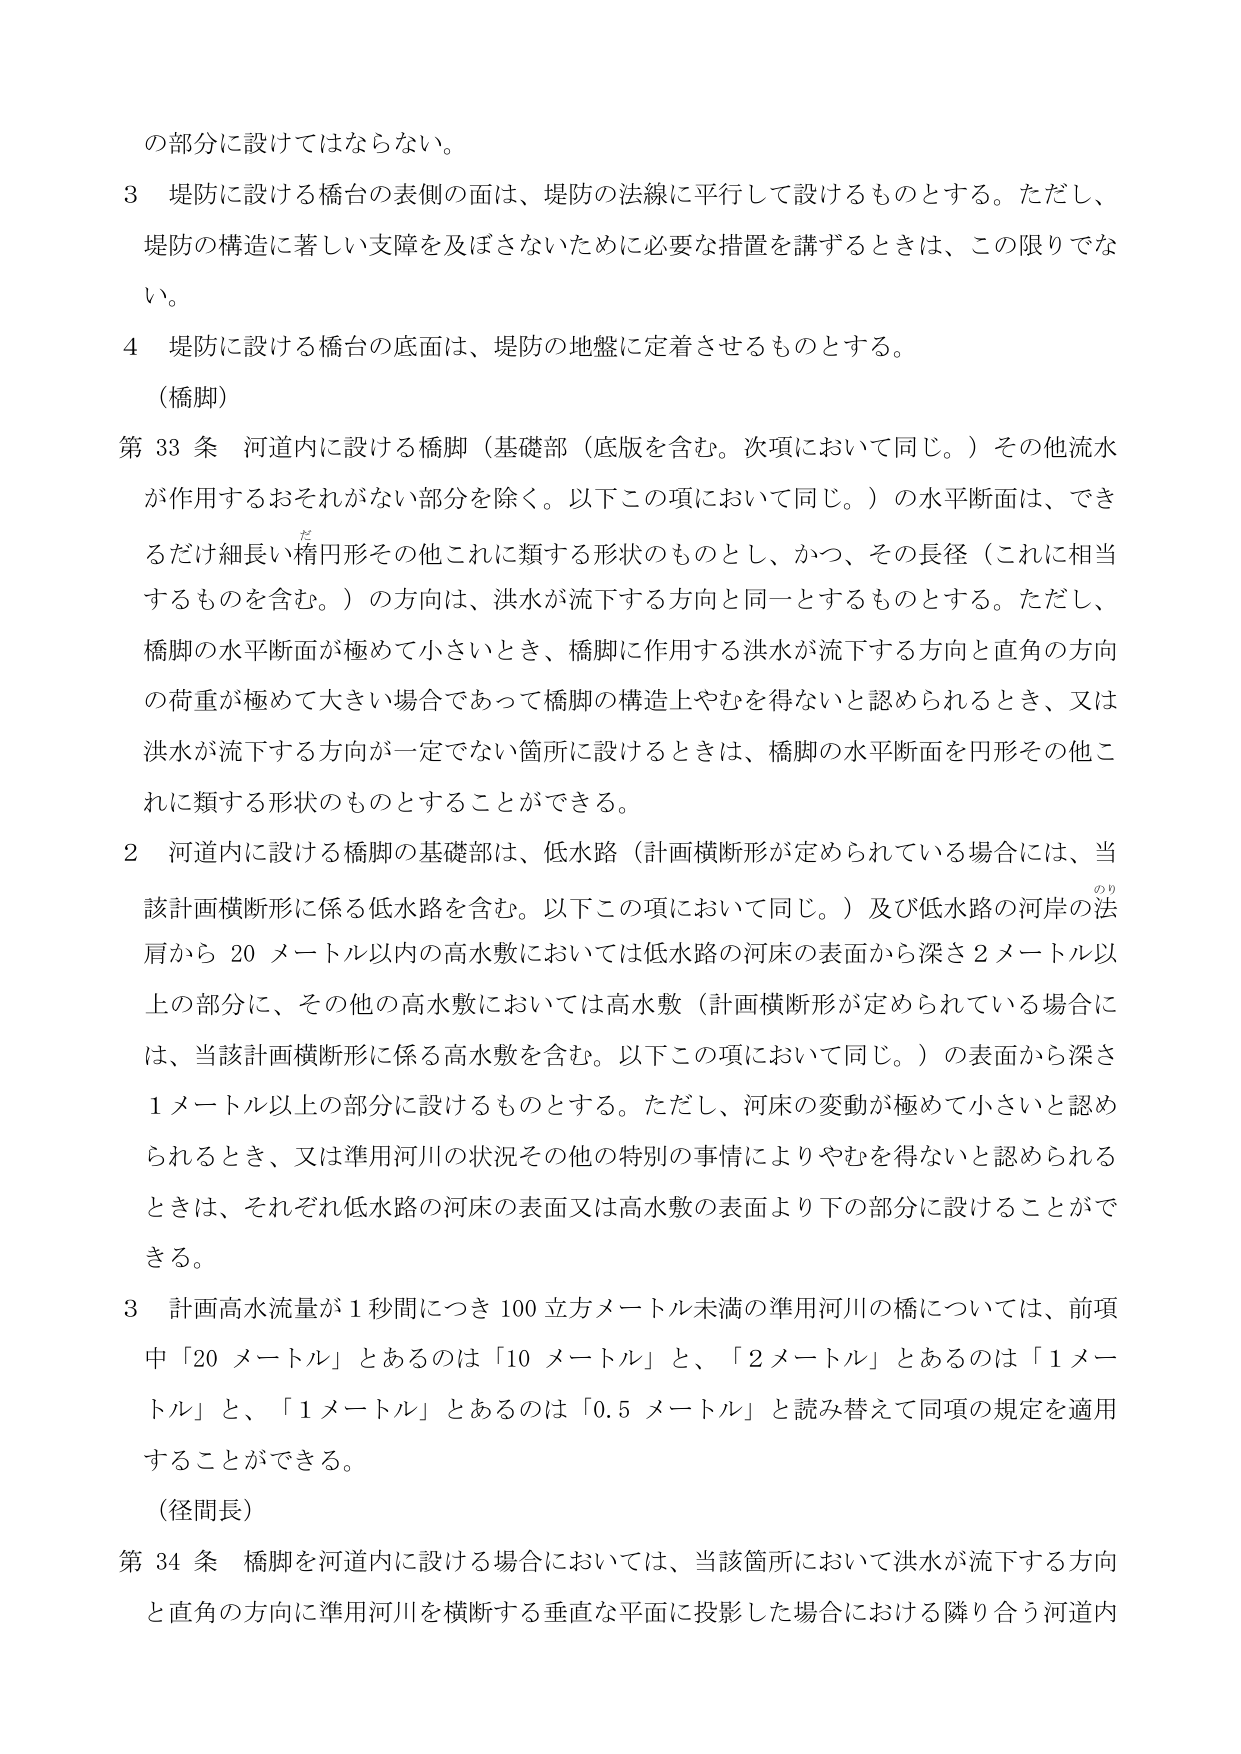
の部分に設けてはならない。

3 堤防に設ける橋台の表側の面は、堤防の法線に平行して設けるものとする。ただし、堤防の構造に著しい支障を及ぼさないために必要な措置を講ずるときは、この限りでない。

4 堤防に設ける橋台の底面は、堤防の地盤に定着させるものとする。

（橋脚）

第33条 河道内に設ける橋脚（基礎部（底版を含む。次項において同じ。）その他流水が作用するおそれがない部分を除く。以下この項において同じ。）の水平断面は、できるだけ細長い楕円形その他これに類する形状のものとし、かつ、その長径（これに相当するものを含む。）の方向は、洪水が流下する方向と同一とするものとする。ただし、橋脚の水平断面が極めて小さいとき、橋脚に作用する洪水が流下する方向と直角の方向の荷重が極めて大きい場合であって橋脚の構造上やむを得ないと認められるとき、又は洪水が流下する方向が一定でない箇所に設けるときは、橋脚の水平断面を円形その他これに類する形状のものとすることがことができる。

2 河道内に設ける橋脚の基礎部は、低水路（計画横断形が定められている場合には、当該計画横断形に係る低水路を含む。以下この項において同じ。）及び低水路の河岸の法肩から20メートル以内の高水敷においては低水路の河床の表面から深さ2メートル以上の部分に、その他の高水敷においては高水敷（計画横断形が定められている場合には、当該計画横断形に係る高水敷を含む。以下この項において同じ。）の表面から深さ1メートル以上の部分に設けるものとする。ただし、河床の変動が極めて小さいと認められるとき、又は準用河川の状況その他の特別の事情によりやむを得ないと認められるときは、それぞれ低水路の河床の表面又は高水敷の表面より下の部分に設けることができる。

3 計画高水流量が1秒間につき100立方メートル未満の準用河川の橋については、前項中「20メートル」とあるのは「10メートル」と、「2メートル」とあるのは「1メートル」と、「1メートル」とあるのは「0.5メートル」と読み替えて同項の規定を適用することができる。

（径間長）

第34条 橋脚を河道内に設ける場合においては、当該箇所において洪水が流下する方向と直角の方向に準用河川を横断する垂直な平面に投影した場合における隣り合う河道内